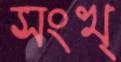
সংখ্